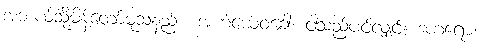
အဘယ်သို့မိန့်တော်မူသနည်း။ အဟံယေဝခေါ၊ ငါသည်ပင်လျှင်။ ဒဟရော၊